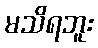
မသိရဘူး